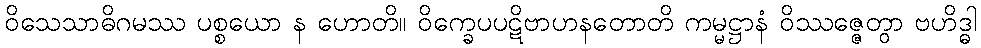
ဝိသေသာဓိဂမဿ ပစ္စယော န ဟောတိ။ ဝိက္ခေပပဋိဗာဟနတောတိ ကမ္မဋ္ဌာနံ ဝိဿဇ္ဇေတွာ ဗဟိဒ္ဓါ